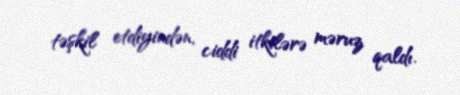
təşkil etdiyindən, ciddi itkilərə məruz qaldı.